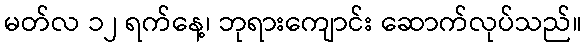
မတ်လ ၁၂ ရက်နေ့၊ ဘုရားကျောင်း ဆောက်လုပ်သည်။